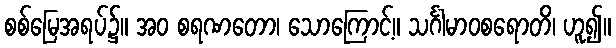
စစ်မြေအရပ်၌။ အဝ စရဏတော၊ သောကြောင့်။ သင်္ဂါမာဝစရောတိ၊ ဟူ၍။